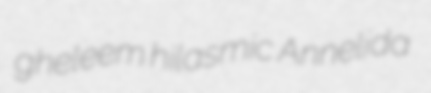
gheleem hilasmic Annelida